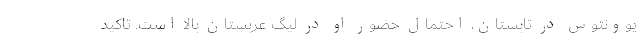
یوونتوس در تابستان، احتمال حضور او در لیگ عربستان بالا است. تاکید